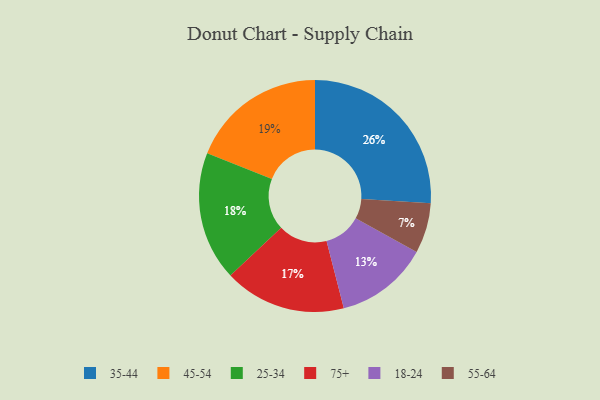
{"axis": {"x": "Category", "y": "Percentage"}, "legend": ["18-24", "25-34", "35-44", "45-54", "55-64", "75+"], "data": [{"x": "45-54", "y": 19, "type": "45-54"}, {"x": "35-44", "y": 26, "type": "35-44"}, {"x": "18-24", "y": 13, "type": "18-24"}, {"x": "75+", "y": 17, "type": "75+"}, {"x": "55-64", "y": 7, "type": "55-64"}, {"x": "25-34", "y": 18, "type": "25-34"}]}